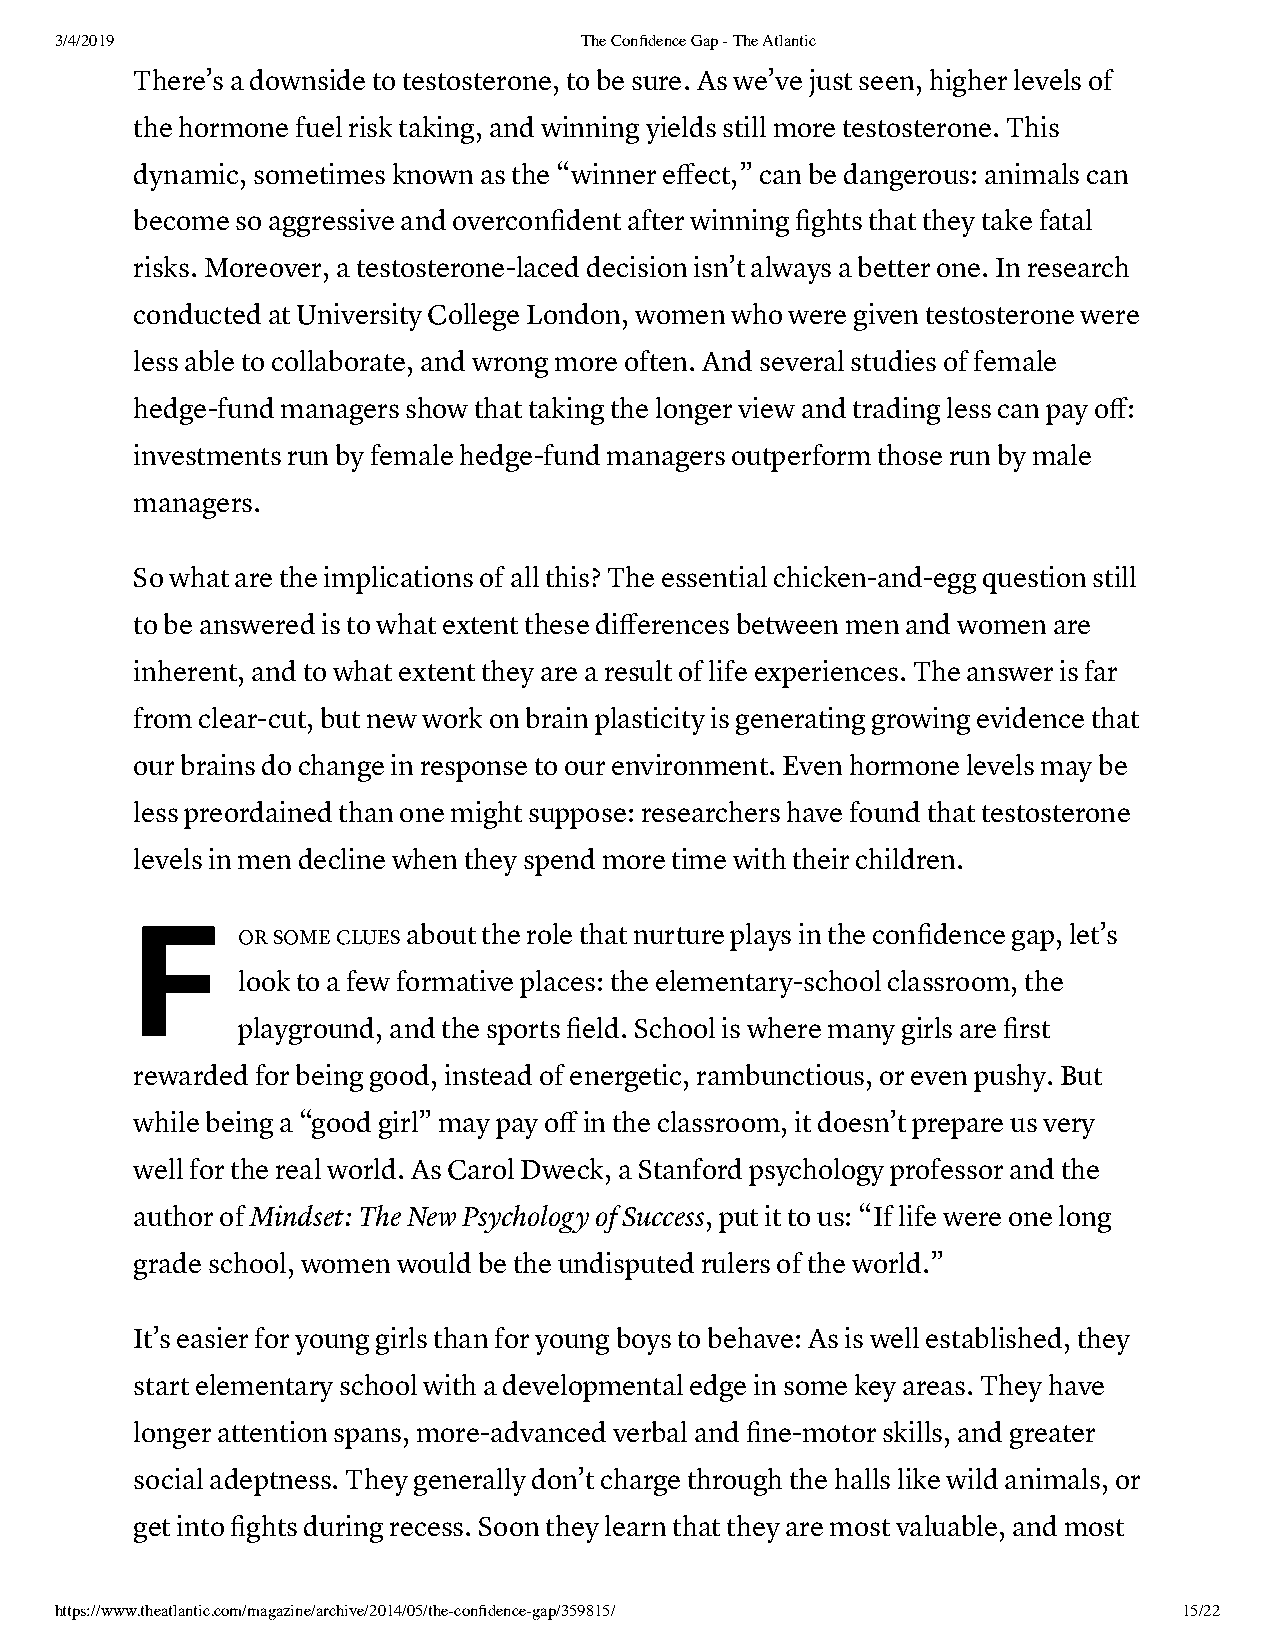
3/4/2019                          The Confidence Gap - The Atlantic
 There’s a downside to testosterone, to be sure. As we’ve just seen, higher levels of
 the hormone fuel risk taking, and winning yields still more testosterone. This
 dynamic, sometimes known as the “winner effect,” can be dangerous: animals can
 become so aggressive and overconfident after winning fights that they take fatal
 risks. Moreover, a testosterone-laced decision isn’t always a better one. In research
 conducted at University College London, women who were given testosterone were
 less able to collaborate, and wrong more often. And several studies of female
 hedge-fund managers show that taking the longer view and trading less can pay off:
 investments run by female hedge-fund managers outperform those run by male
 managers.
 So what are the implications of all this? The essential chicken-and-egg question still
 to be answered is to what extent these differences between men and women are
 inherent, and to what extent they are a result of life experiences. The answer is far
 from clear-cut, but new work on brain plasticity is generating growing evidence that
 our brains do change in response to our environment. Even hormone levels may be
 less preordained than one might suppose: researchers have found that testosterone
 levels in men decline when they spend more time with their children.
 F
 OR SOME CLUES about the role that nurture plays in the confidence gap, let’s
 look to a few formative places: the elementary-school classroom, the
 playground, and the sports field. School is where many girls are first
 rewarded for being good, instead of energetic, rambunctious, or even pushy. But
 while being a “good girl” may pay off in the classroom, it doesn’t prepare us very
 well for the real world. As Carol Dweck, a Stanford psychology professor and the
 author of Mindset: The New Psychology of Success, put it to us: “If life were one long
 grade school, women would be the undisputed rulers of the world.”
 It’s easier for young girls than for young boys to behave: As is well established, they
 start elementary school with a developmental edge in some key areas. They have
 longer attention spans, more-advanced verbal and fine-motor skills, and greater
 social adeptness. They generally don’t charge through the halls like wild animals, or
 get into fights during recess. Soon they learn that they are most valuable, and most
 https://www.theatlantic.com/magazine/archive/2014/05/the-confidence-gap/359815/ 15/22